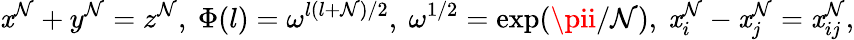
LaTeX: \mathit{x}^{\mathcal{N}}+y^{\mathcal{N}}=z^{\mathcal{N}},~\Phi(l)=\omega^{l(l+\mathcal{N})/2},~\omega^{1/2}=\exp(\pii/\mathcal{N}),{}~\mathit{x}_{i}^{\mathcal{N}}-\mathit{x}_{j}^{\mathcal{N}}=\mathit{x}_{ij}^{\mathcal{N}},